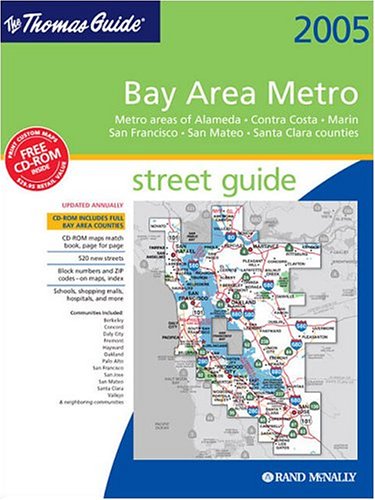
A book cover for Thomas Guide 2005 Bay Area Metro: Street Guide and Directory (Metro Bay Area Street Guide); Travel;